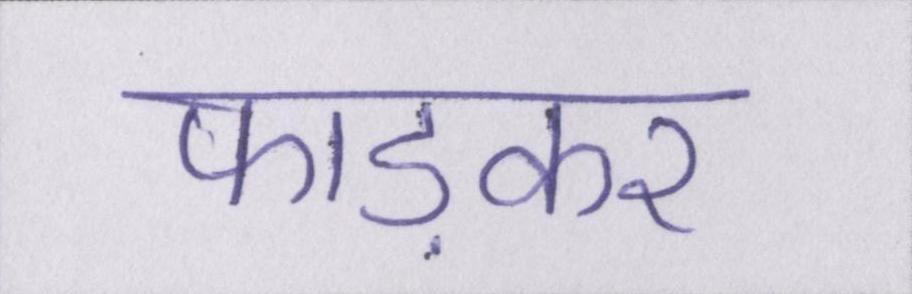
फाड़कर